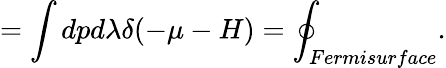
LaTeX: =\int dpd\lambda\delta(-\mu-H)=\oint_{Fermisurface}.